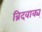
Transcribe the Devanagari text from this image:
ब्रिदवाक्य्